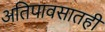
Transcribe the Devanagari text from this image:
अतिपावसातही